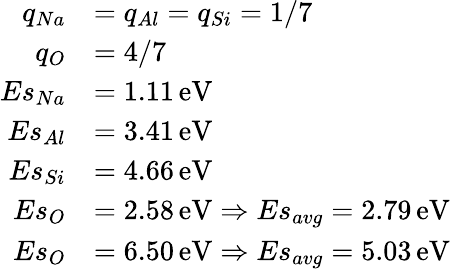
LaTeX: \begin{array}{rl}{q_{Na}}&{=q_{Al}=q_{Si}=1/7}\\ {q_{O}}&{=4/7}\\ {Es_{Na}}&{=1.11\, \mathrm{eV}}\\ {Es_{Al}}&{=3.41\, \mathrm{eV}}\\ {Es_{Si}}&{=4.66\, \mathrm{eV}}\\ {Es_{O}}&{=2.58\, \mathrm{eV}\Rightarrow Es_{avg}=2.79\, \mathrm{eV}}\\ {Es_{O}}&{=6.50\, \mathrm{eV}\Rightarrow Es_{avg}=5.03\, \mathrm{eV}}\end{array}